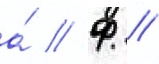
а́ // Ф //